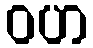
ဝဟ